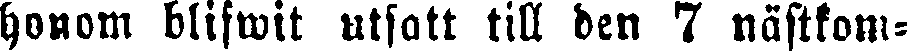
honom blifwit utsatt till den 7 nästkom-